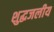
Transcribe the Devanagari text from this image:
शुद्धजलीय